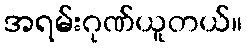
အရမ်းဂုဏ်ယူတယ်။